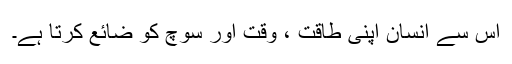
اس سے انسان اپنی طاقت ، وقت اور سوچ کو ضائع کرتا ہے۔